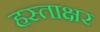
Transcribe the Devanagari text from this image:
हस्‍ताक्षर